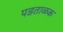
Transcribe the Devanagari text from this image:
पडताळक